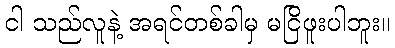
ငါ သည်လူနဲ့ အရင်တစ်ခါမှ မငြိဖူးပါဘူး။